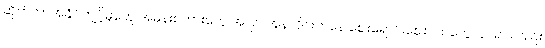
ဆိုက်ဘာအနိုင်ကျင့်မှုတွေ အမုန်းစကားတွေ အပြင် အွန်လိုင်းကနေ ဈေးရောင်းဈေးဝယ်တွေလုပ်ရင်လည်း